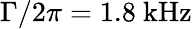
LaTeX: \Gamma/2\pi=1.8~\mathrm{kHz}